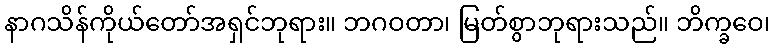
နာဂသိန်ကိုယ်တော်အရှင်ဘုရား။ ဘဂဝတာ၊ မြတ်စွာဘုရားသည်။ ဘိက္ခဝေ၊